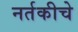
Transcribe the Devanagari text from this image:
नर्तकीचे